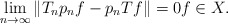
\begin{align*}\lim_{n \to \infty} \|T_n p_n f - p_n T f \| = 0 f \in X.\end{align*}